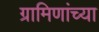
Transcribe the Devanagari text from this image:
ग्रामिणांच्या